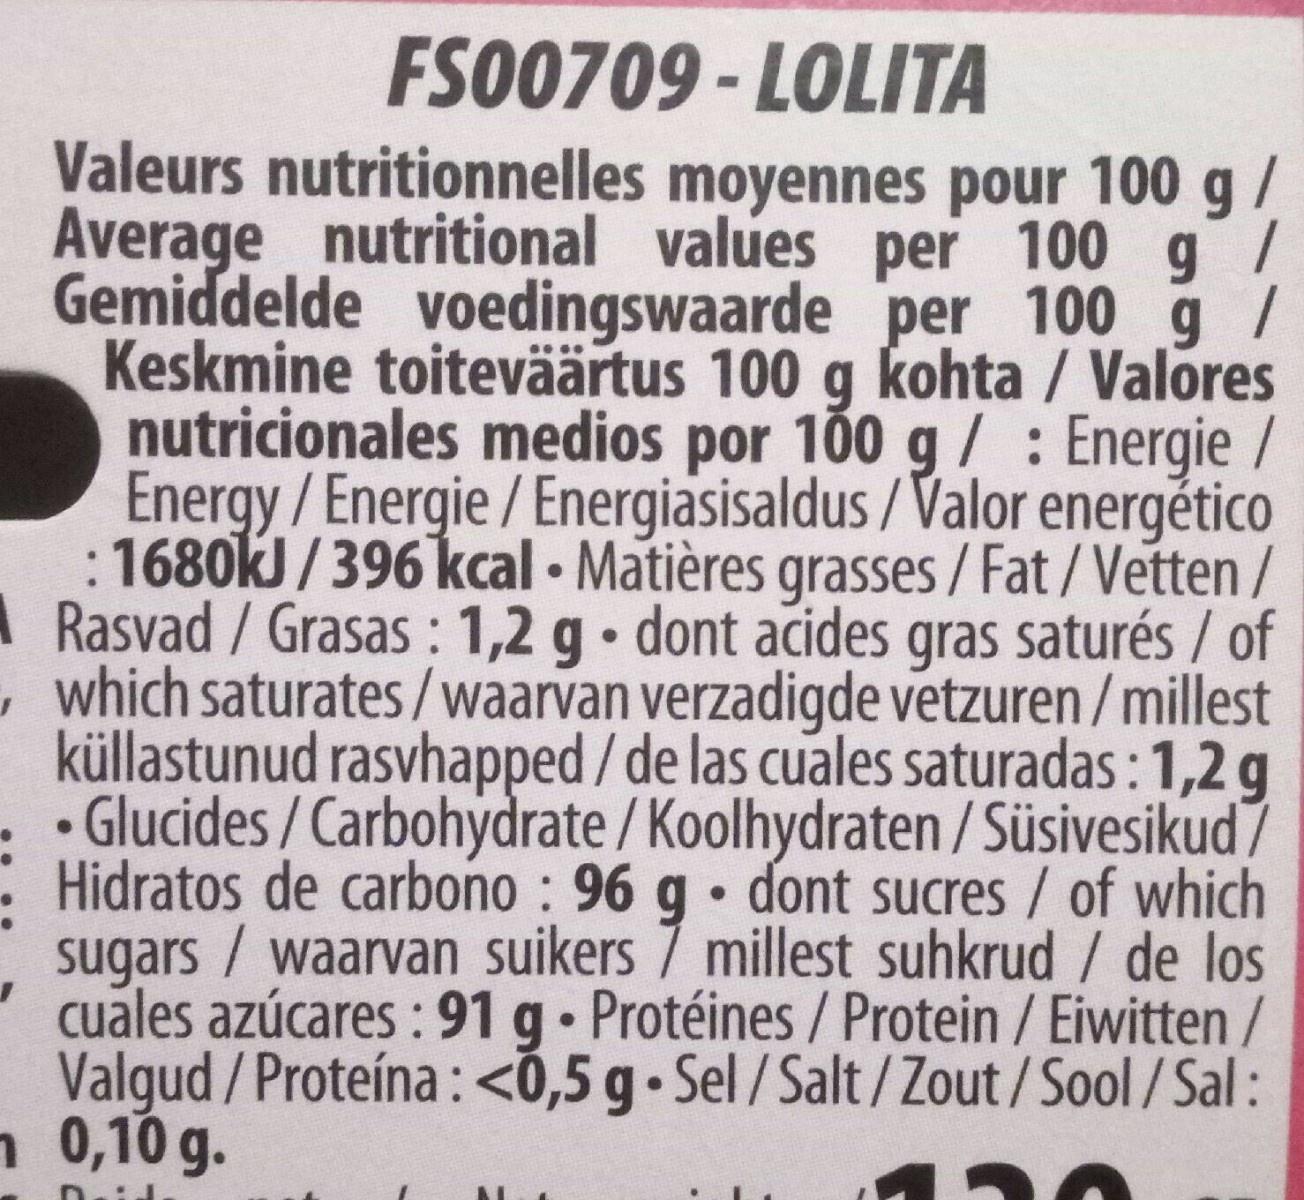
FS00709 - LOLITA
Valeurs nutritionnelles moyennes pour 100 g/ Average nutritional values per 100 g/ Gemiddelde voedingswaarde per 100 g/ Keskmine toiteväärtus 100 g kohta / Valores nutricionales medios por 100 g/ : Energie / Energy/Energie/Energiasisaldus / Valor energético : 1680kJ / 396 kcal Matières grasses / Fat/Vetten/ A Rasvad/Grasas : 1,2 g• dont acides gras saturés / of , which saturates/waarvan verzadigde vetzuren / millest küllastunud rasvhapped / de las cuales saturadas : 1,2 g • Glucides / Carbohydrate / Koolhydraten / Süsivesikud / Hidratos de carbono : 96 g• dont sucres /of which sugars / waarvan suikers 7 millest suhkrud / de los cuales azúcares : 91 g Protéines/ Protein / Eiwitten / Valgud /Proteína : <0,5 g Sel/Salt/Zout /Sool/Sal: n 0,10 g.